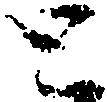
と